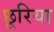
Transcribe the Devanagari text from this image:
छूरिया